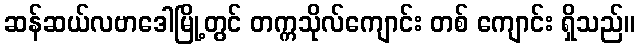
ဆန်ဆယ်လဗာဒေါမြို့တွင် တက္ကသိုလ်ကျောင်း တစ် ကျောင်း ရှိသည်။